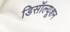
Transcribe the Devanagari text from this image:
डिसॉल्यूशन